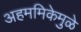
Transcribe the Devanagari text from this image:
अहममिकेमुळे